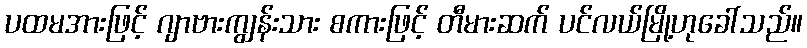
ပထမအားဖြင့် ဂျာဗားကျွန်းသား စကားဖြင့် တီမားဆက် ပင်လယ်မြို့ဟုခေါ်သည်။